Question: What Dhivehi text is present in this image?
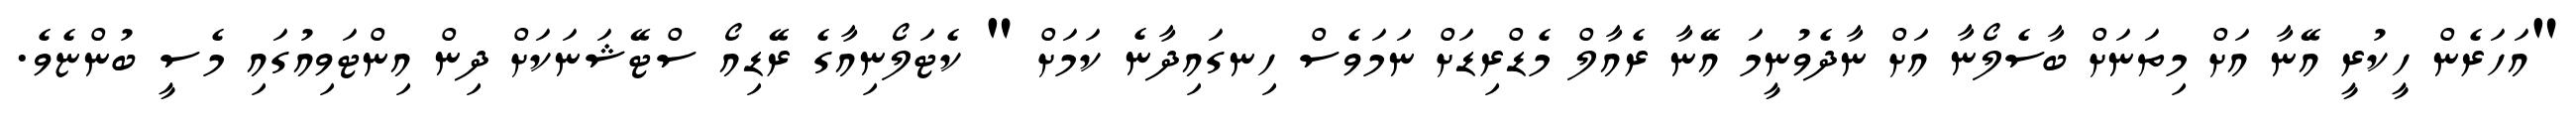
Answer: "އަހަރެން ހީކުރީ އޭނާ އަށް މިތަނަށް ބާސެލޯނާ އަށް ނާދެވުނީމަ އޭނާ ރެއާލް މެޑްރިޑަށް ނަމަވެސް ހިނގައިދާނެ ކަމަށް " ކެޓަލޯނިއާގެ ރޭޑިއޯ ސްޓޭޝަނަކަށް ދިން އިންޓަވިއުގައި މެސީ ބުންޏެވެ.